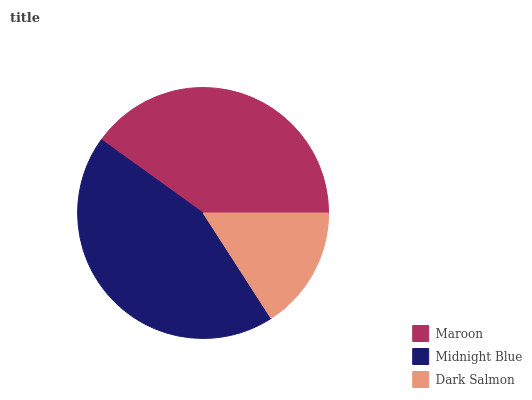
| Maroon | Midnight Blue | Dark Salmon |
 | --- | --- | --- |
 | 40.1% | 44.1% | 15.9% |